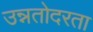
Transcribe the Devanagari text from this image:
उन्नतोदरता